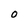
Character: 0